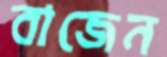
বাজেন